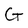
Character: G